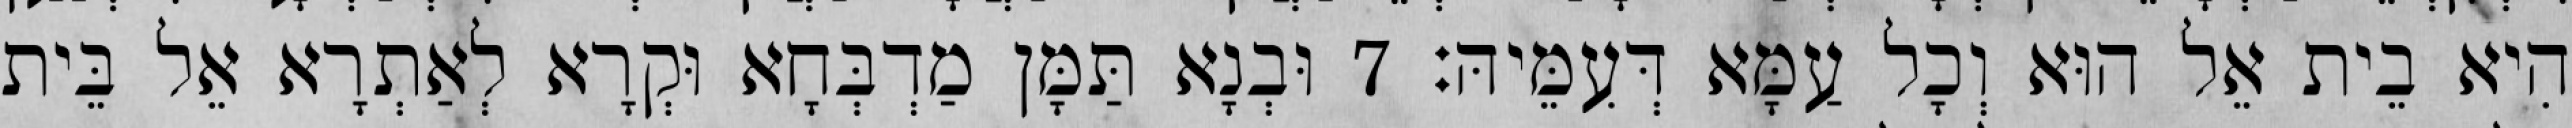
הִיא בֵית אֵל הוּא וְכָל עַמָּא דְּעִמֵּיהּ׃ 7 וּבְנָא תַּמָּן מַדְבְּחָא וּקְרָא לְאַתְרָא אֵל בֵּית